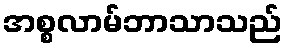
အစ္စလာမ်ဘာသာသည်